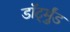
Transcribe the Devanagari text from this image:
डॉर्ट्मुंड